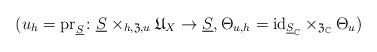
LaTeX: \begin{align*}(u_{h}=\mathrm{pr}_{\underline{S}}\colon \underline{S}\times_{h,\mathfrak{Z},u}\mathfrak{U}_{X}\to\underline{S},\Theta_{u,h}=\mathrm{id}_{\underline{S}_{\mathbb{C}}}\times_{\mathfrak{Z}_{\mathbb{C}}}\Theta_{u})\end{align*}